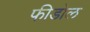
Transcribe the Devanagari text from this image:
फीडोल